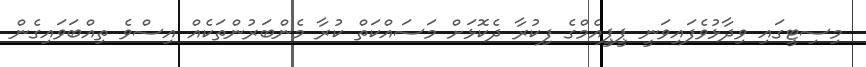
މިސިޓީގައި ވިދާޅުވެފައިވަނީ ޕީޕީއެމްގެ ފިކުރާ ދެކޮޅަށް މަސައްކަތް ކުރާ މެންބަރުންތަކެއް އިސްވެ ތިއްބަވައިގެން